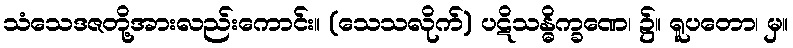
သံသေဒဇတို့အားလည်းကောင်း။ (သေသလိုက်) ပဋိသန္ဓိက္ခဏေ၊ ၌။ ရူပတော၊ မှ။